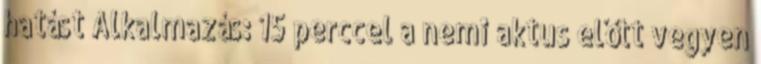
hatást Alkalmazás: 15 perccel a nemi aktus előtt vegyen